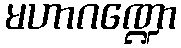
မဟာဂဏ္ဍော